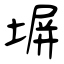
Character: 塀